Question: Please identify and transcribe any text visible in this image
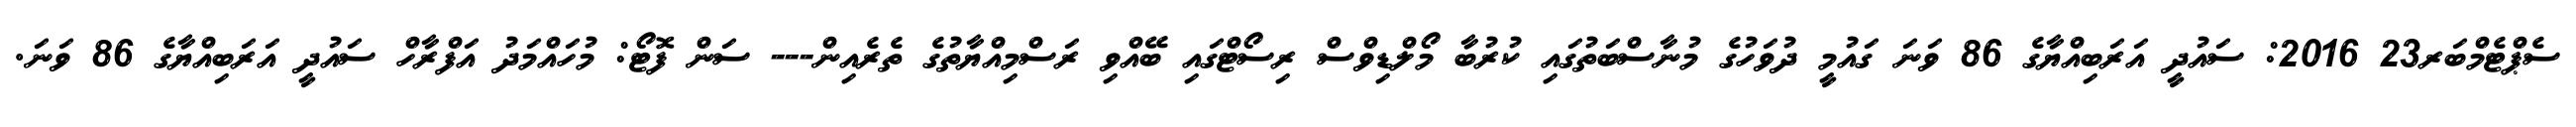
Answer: ސެޕްޓެމްބަރ23 2016: ސައުދީ އަރަބިއްޔާގެ 86 ވަނަ ގައުމީ ދުވަހުގެ މުނާސްބަތުގައި ކުރުބާ މޯލްޑިވްސް ރިސޯޓްގައި ބޭއްވި ރަސްމިއްޔާތުގެ ތެރެއިން--- ސަން ފޮޓޯ: މުހައްމަދު އަފްރާހް ސައުދީ އަރަބިއްޔާގެ 86 ވަނަ.